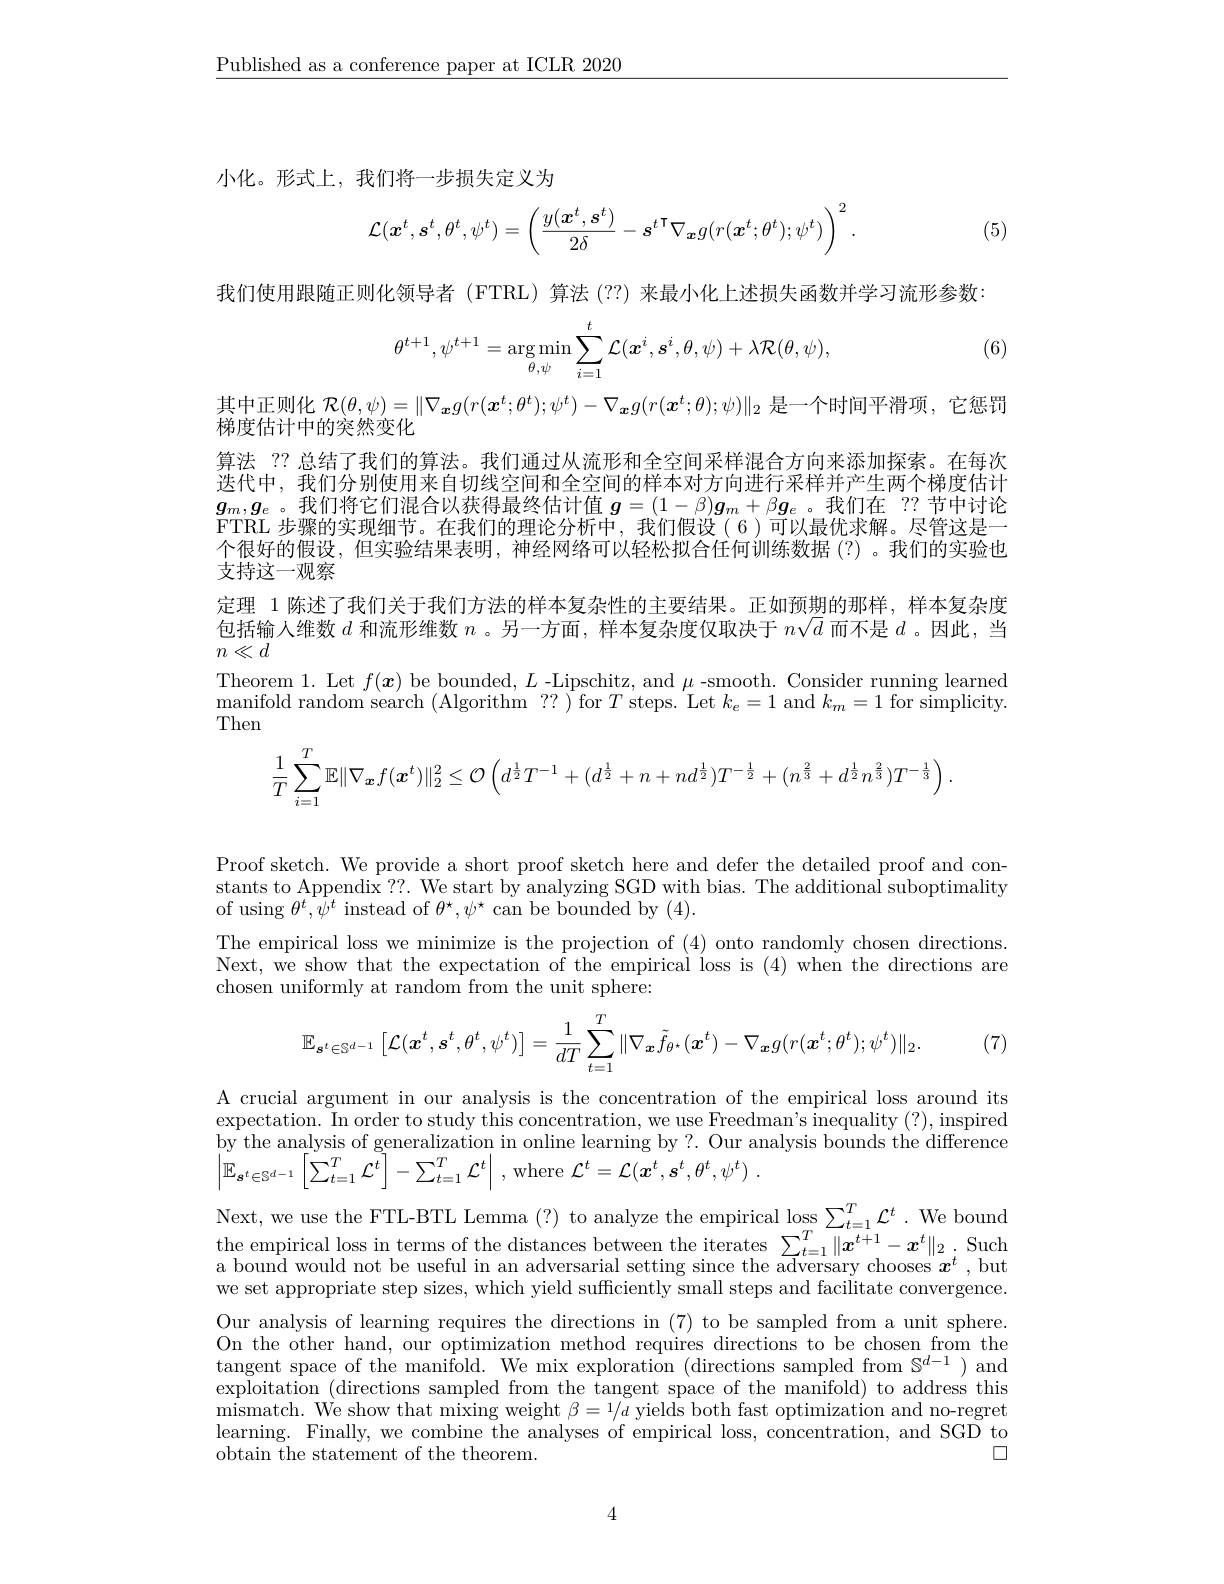
$\underline{\text{Published as a conference paper at ICLR 2020}}$

小化。形式上，我们将一步损失定义为
$$\mathcal{L}(\boldsymbol{x}^t,\boldsymbol{s}^t,\theta^t,\psi^t)=\left(\frac{y(\boldsymbol{x}^t,\boldsymbol{s}^t)}{2\delta}-\boldsymbol{s}^{t\:\mathsf{T}}\nabla_{\boldsymbol{x}}g(r(\boldsymbol{x}^t;\theta^t);\psi^t)\right)^2.$$
(5)

我们使用跟随正则化领导者 (FTRL)算法 (??)来最小化上述损失函数并学习流形参数：

(6)
$$\theta^{t+1},\psi^{t+1}=\arg\min_{\theta,\psi}\sum_{i=1}^t\mathcal{L}(\boldsymbol{x}^i,\boldsymbol{s}^i,\theta,\psi)+\lambda\mathcal{R}(\theta,\psi),$$
其中正则化$\mathcal{R}(\theta,\psi)=\|\nabla_{\boldsymbol{x}}g(r(\boldsymbol{x}^t;\theta^t);\psi^t)-\nabla_{\boldsymbol{x}}g(r(\boldsymbol{x}^t;\theta);\psi)\|_2$是一个时间平滑项，它惩罚
梯度估计中的突然变化
算法 ?? 总结了我们的算法。我们通过从流形和全空间采样混合方向来添加探索。在每次迭代中，我们分别使用来自切线空间和全空间的样本对方向进行采样并产生两个梯度估计$g_m,g_e$。我们将它们混合以获得最终估计值$\boldsymbol{g}=(1-\beta)\boldsymbol{g}_m+\beta\boldsymbol{g}_e$。我们在 ??节中讨论FTRL 步骤的实现细节。在我们的理论分析中、我们假设(6)可以最优求解。尽管这是一个很好的假设，但实验结果表明，神经网络可以轻松拟合任何训练数据(?)。我们的实验也支持这一观察
定理 1 陈述了我们关于我们方法的样本复杂性的主要结果。正如预期的那样，样本复杂度包括输人维数$d$和流形维数$n$ 。另一方面，样本复杂度仅取决于$n\sqrt d$而不是$d$ 。因此，当$n\ll d$
Theorem 1. Let $f(\boldsymbol{x})$ be bounded, $L$ -Lipschitz, and $\mu$ -smooth. Consider running learned $\operatorname*{manifold}$ random search (Algorithm ?? )for $T$ steps. Let $k_e=1$ and $k_m=1$ for simplicity. Then
$$\dfrac{1}{T}\sum\limits_{i=1}^T\mathbb{E}\|\nabla_{\boldsymbol{x}}f(\boldsymbol{x}^t)\|_2^2\leq\mathcal{O}\left(d^{\frac{1}{2}}T^{-1}+(d^{\frac{1}{2}}+n+nd^{\frac{1}{2}})T^{-\frac{1}{2}}+(n^{\frac{2}{3}}+d^{\frac{1}{2}}n^{\frac{2}{3}})T^{-\frac{1}{3}}\right).$$
Proof sketch. We provide a short proof sketch here and defer the detailed proof and con-

stants to Appendix ??. We start by analyzing SGD with bias. The additional suboptimality
of using $\theta^t,\psi^t$ instead of $\theta^\star,\psi^\star$ can be bounded by (4).
The empirical loss we minimize is the projection of (4) onto randomly chosen directions Next, we show that the expectation of the empirical loss is (4) when the directions are chosen uniformly at random from the unit sphere:
$$\mathbb{E}_{\boldsymbol{s}^{t}\in\mathbb{S}^{d-1}}\left[\mathcal{L}(\boldsymbol{x}^{t},\boldsymbol{s}^{t},\theta^{t},\psi^{t})\right]=\frac{1}{dT}\sum_{t=1}^{T}\|\nabla_{\boldsymbol{x}}\tilde{f}_{\theta^{\star}}(\boldsymbol{x}^{t})-\nabla_{\boldsymbol{x}}g(r(\boldsymbol{x}^{t};\theta^{t});\psi^{t})\|_{2}.$$
(7)

A crucial argument in our analysis is the concentration of the empirical loss around its expectation. In order to study this concentration, we use Freedman's inequality (?), inspired by the analysis of generalization in online learning by?. Our analysis bounds the difference $\left|\mathbb{E}_{\boldsymbol{s}^{t}\in\mathbb{S}^{d-1}}\left[\sum_{t=1}^{T}\mathcal{L}^{t}\right]-\sum_{t=1}^{T}\mathcal{L}^{t}\right|$,where $\mathcal{L}^t=\mathcal{L}(\boldsymbol{x}^{t},\boldsymbol{s}^{t},\theta^{t},\psi^{t})$

Next, we use the FTL-BTL Lemma (?) to analyze the empirical loss $\sum_{t=1}^T\mathcal{L}^t.$ We bound $\begin{array}{l}{\text{the empirical loss in terms of the distances between the iterates}}&{\sum_{t=1}^{T}\|x^{t+1}-x^{t}\|_{2}.}\\{\text{a bound would not be useful in an adversarial setting since the adversary chooses }x^{t},\mathrm{but}}\end{array}$ we set appropriate step sizes, which yield sufficiently small steps and facilitate convergence. Our analysis of learning requires the directions in (7) to be sampled from a unit sphere. On the other hand, our optimization method requires directions to be chosen from the tangent space of the manifold. We mix exploration (directions sampled from $\mathbb{S}^d-1)$ and exploitation (directions sampled from the tangent space of the manifold) to address this mismatch. We show that mixing weight $\beta = 1/ d$ yields both fast optimization and no-regret learning. Finally, we combine the analyses of empirical loss, concentration, and SGD to
$\square$
obtain the statement of the theorem.

4